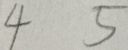
4 5